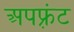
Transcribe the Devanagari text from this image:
अपफ़्रंट